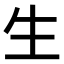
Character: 生